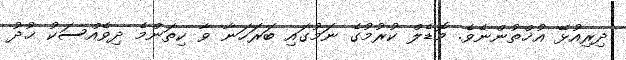
ދިރިއުޅޭ އުޚްތުންނެވެ. މޮޑެލް ކުރުމުގެ ނަމުގައި ބަރަހަނާ ވާ ކިތަންމެ ދިވެއްސަކު ޚުދު